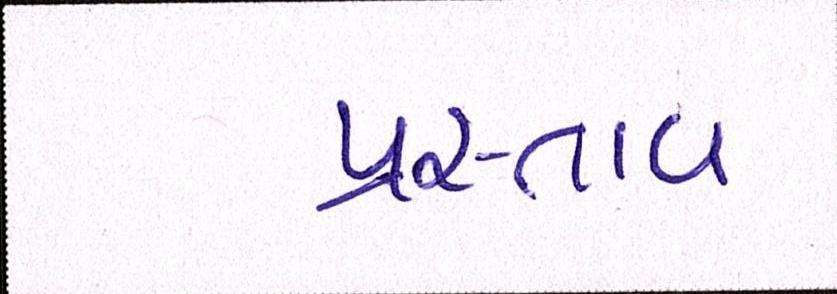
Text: પ્રસ્તાવ